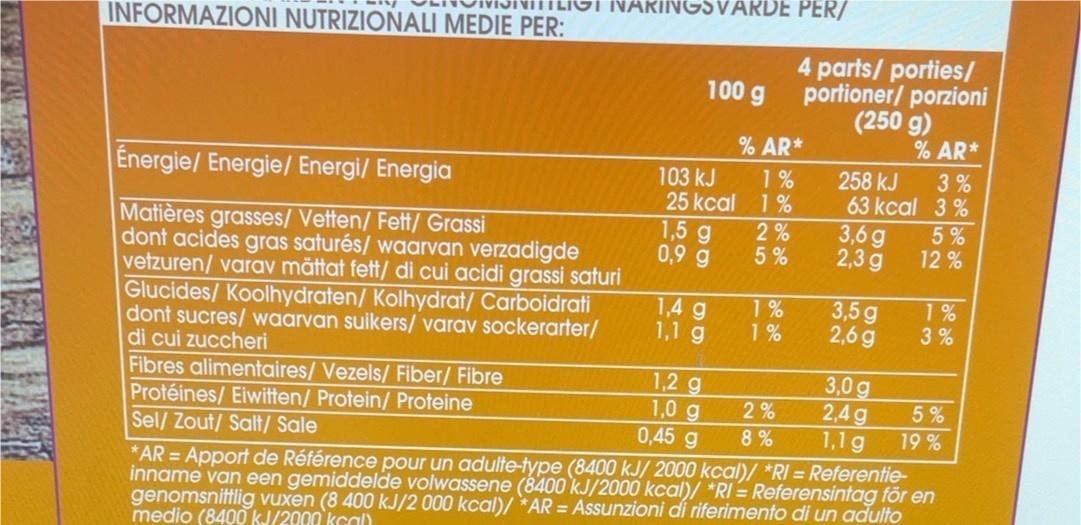
INFORMAZIONI NUTRIZIONALI MEDIE PER:
NARINGSVARDE PER/
Énergie/ Energie/ Energi/ Energia
Matières grasses/ Vetten/ Fett/ Grassi dont acides gras saturés/ waarvan verzadigde vetzuren/ varav mättat fett/ di cui acidi grassi saturi Kolhydrat/ Carboidrati dont sucres/ waarvan suikers/ varav sockerarter/ di cui zuccheri
Glucides/Koolhydraten/
100 g
% AR*
103 kJ 1%
25 kcal
1%
g
1,5 0,9 g
1,4 g
1,1 g
1,2 g
1,0 g
0,45 g
1125
de de
1%
1%
4 parts/ porties/ portioner/ porzioni (250 g)
% AR*
2%
8%
258 kJ
63 kcal
3,6 g 2,3 g
3,5 g
2,6g
3%
3%
3,0 g
2,4 g
1,1 g
5%
12%
Fibres alimentaires/ Vezels/ Fiber/ Fibre
Protéines/ Eiwitten/ Protein/ Proteine
Sel/ Zout/ Salt/ Sale
*AR = Apport de Référence pour un adulte-type (8400 kJ/ 2000 kcal)/ *RI= Referentieinname van een gemiddelde volwassene (8400 kJ/2000 kcal)/ *RI= Referensintag för en genomsnittlig vuxen (8 400 kJ/2 000 kcal)/ *AR = Assunzioni di riferimento di un adulto medio (8400 kJ/2000 kcal)
1%
3%
5%
19 %